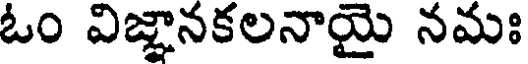
ఓం విజ్ఞానకలనాయై నమః